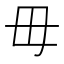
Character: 毋